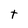
Character: t